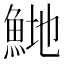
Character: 𬵍